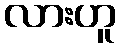
လားဟူ